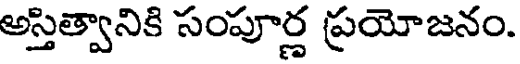
అస్తిత్వానికి సంపూర్ణ ప్రయోజనం.